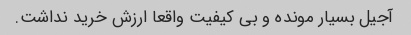
آجیل بسیار مونده و بی کیفیت واقعا ارزش خرید نداشت.